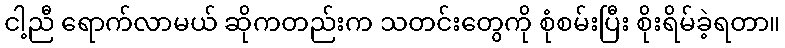
ငါ့ညီ ရောက်လာမယ် ဆိုကတည်းက သတင်းတွေကို စုံစမ်းပြီး စိုးရိမ်ခဲ့ရတာ။